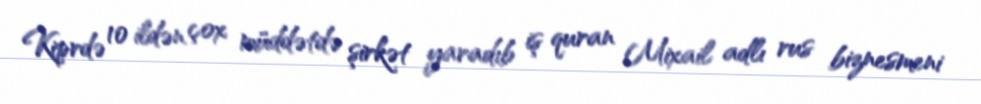
Kiprdə 10 ildən çox müddətdə şirkət yaradıb iş quran Mixail adlı rus biznesmeni